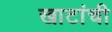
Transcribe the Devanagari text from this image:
खाटांची